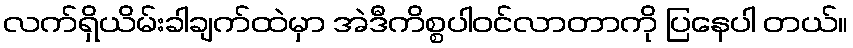
လက်ရှိယိမ်းခါချက်ထဲမှာ အဲဒီကိစ္စပါဝင်လာတာကို ပြနေပါ တယ်။